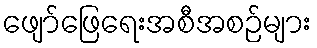
ဖျော်ဖြေရေးအစီအစဉ်များ